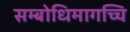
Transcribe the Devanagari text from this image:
सम्बोधिमागच्चि